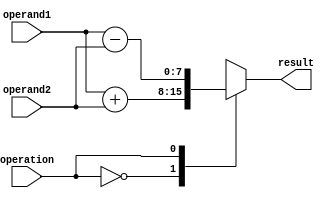
module Vector_ALU (
    input wire [7:0] operand1,
    input wire [7:0] operand2,
    input wire operation,
    output wire [7:0] result
);

always @(*) begin
    case(operation)
        0: result = operand1 + operand2; // addition
        1: result = operand1 - operand2; // subtraction
        2: result = operand1 * operand2; // multiplication
        3: result = operand1 / operand2; // division
        default: result = 8'b0; // default case
    endcase
end

endmodule